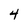
Character: 4